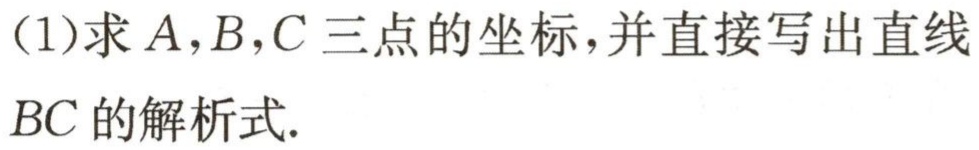
(1)求\(A,B,C\)三点的坐标，并直接写出直线\(BC\)的解析式.